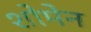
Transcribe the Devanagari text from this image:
शोमेन